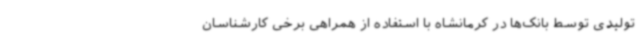
تولیدی توسط بانک‌ها در کرمانشاه با استفاده از همراهی برخی کارشناسان